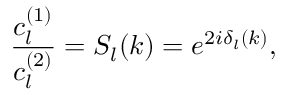
\frac { c _ { l } ^ { ( 1 ) } } { c _ { l } ^ { ( 2 ) } } = S _ { l } ( k ) = e ^ { 2 i \delta _ { l } ( k ) } ,